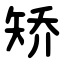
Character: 矫